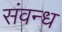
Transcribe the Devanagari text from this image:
संवन्ध